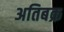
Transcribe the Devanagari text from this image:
अतिबक्र